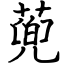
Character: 蔸